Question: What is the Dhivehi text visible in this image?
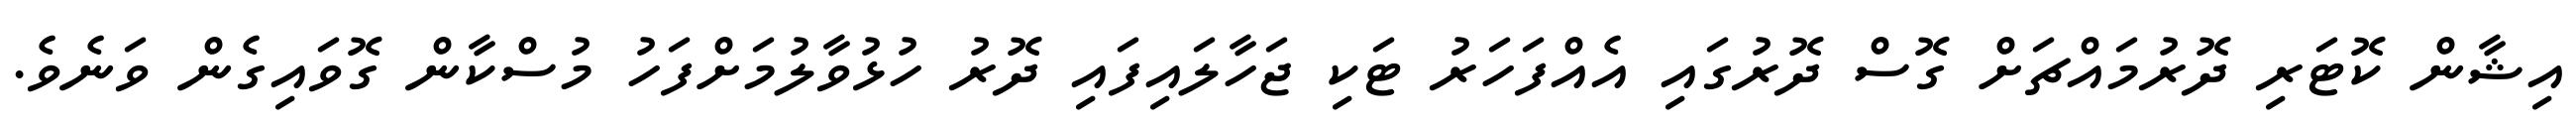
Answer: އިޝާން ކޮޓަރި ދޮރުމައްޗަށް ގޮސް ދޮރުގައި އެއްފަހަރު ޓަކި ޖަހާލައިފައި ދޮރު ހުޅުވާލުމަށްފަހު މުސްކާން ގޮވައިގެން ވަނެވެ.